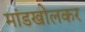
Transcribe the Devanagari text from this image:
मांडखोलकर